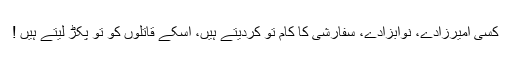
کسی امیرزادے، نوابزادے، سفارشی کا کام تو کردیتے ہیں، اسکے قاتلوں کو تو پکڑ لیتے ہیں !